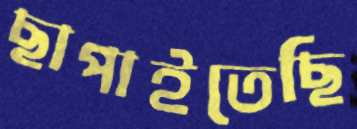
ছাপাইতেছি